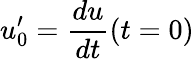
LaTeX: u_{0}^{\prime}=\frac{du}{dt}(t=0)